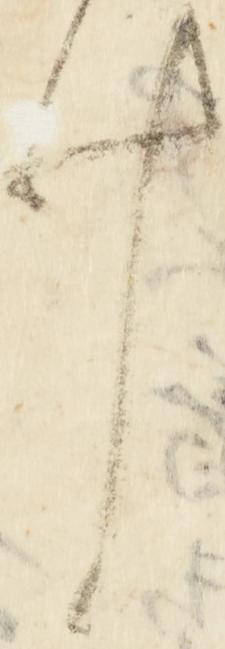
少